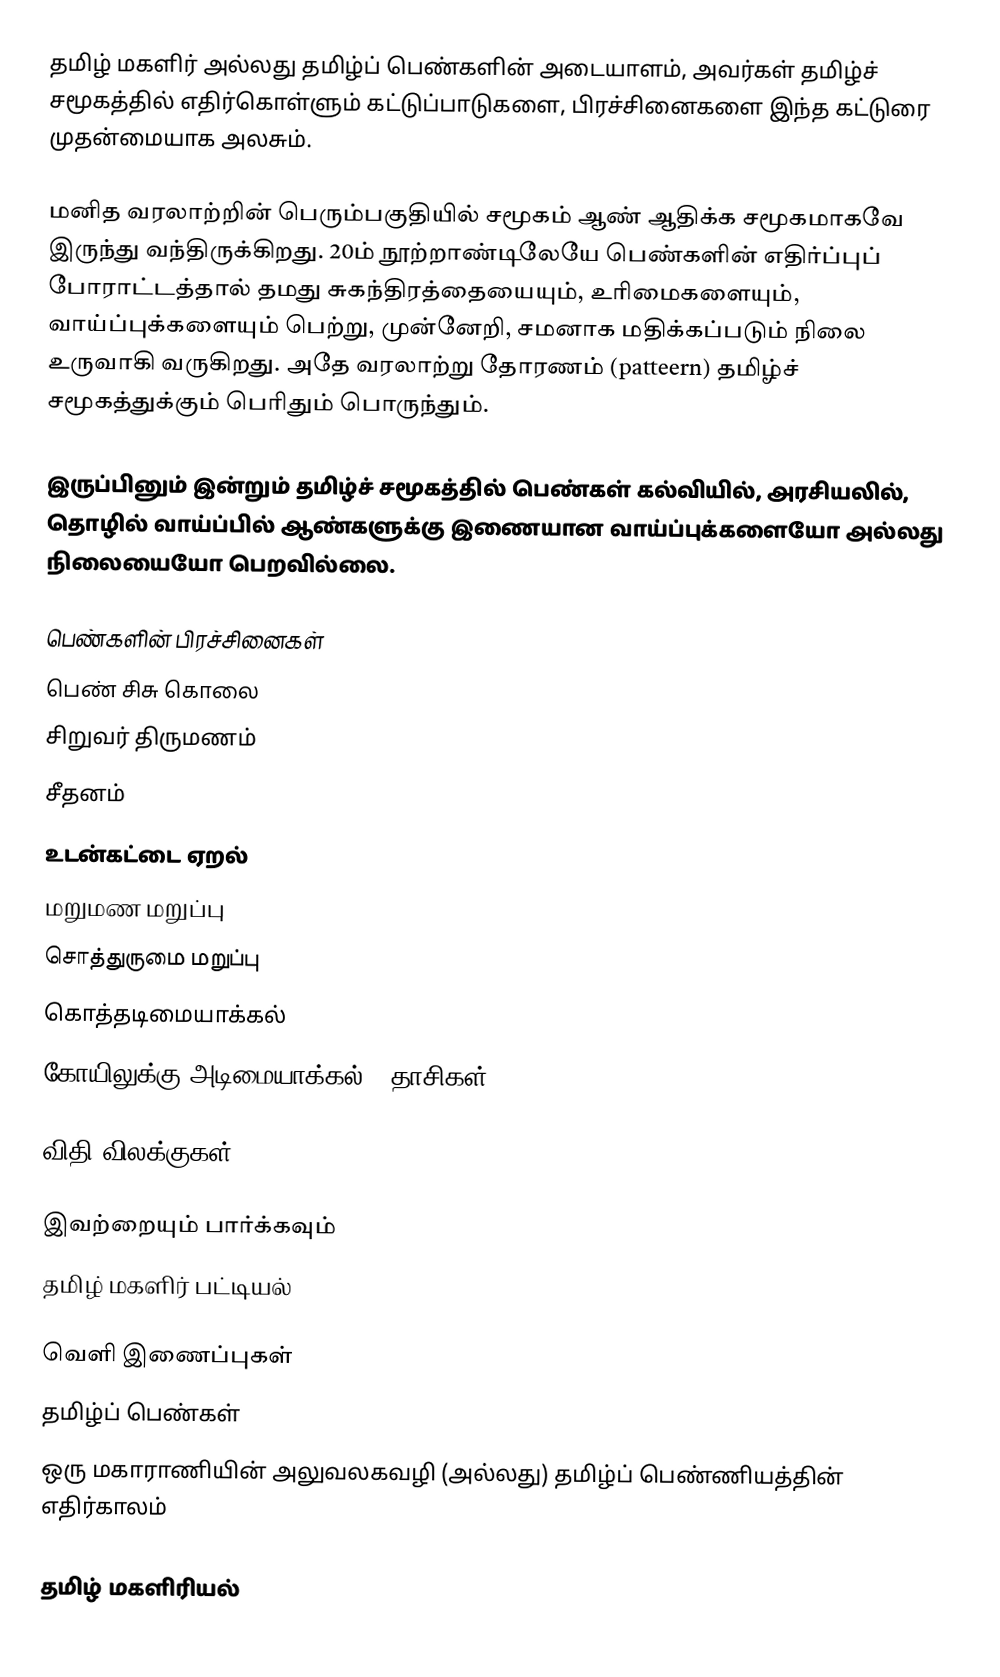
தமிழ் மகளிர் அல்லது தமிழ்ப் பெண்களின் அடையாளம், அவர்கள் தமிழ்ச் சமூகத்தில் எதிர்கொள்ளும் கட்டுப்பாடுகளை, பிரச்சினைகளை இந்த கட்டுரை முதன்மையாக அலசும்.

மனித வரலாற்றின் பெரும்பகுதியில் சமூகம் ஆண் ஆதிக்க சமூகமாகவே இருந்து வந்திருக்கிறது. 20ம் நூற்றாண்டிலேயே பெண்களின் எதிர்ப்புப் போராட்டத்தால் தமது சுகந்திரத்தையையும், உரிமைகளையும், வாய்ப்புக்களையும் பெற்று, முன்னேறி, சமனாக மதிக்கப்படும் நிலை உருவாகி வருகிறது. அதே வரலாற்று தோரணம் (patteern) தமிழ்ச் சமூகத்துக்கும் பெரிதும் பொருந்தும்.

இருப்பினும் இன்றும் தமிழ்ச் சமூகத்தில் பெண்கள் கல்வியில், அரசியலில், தொழில் வாய்ப்பில் ஆண்களுக்கு இணையான வாய்ப்புக்களையோ அல்லது நிலையையோ பெறவில்லை.

பெண்களின் பிரச்சினைகள்
 பெண் சிசு கொலை
 சிறுவர் திருமணம்
 சீதனம்
 உடன்கட்டை ஏறல்
 மறுமண மறுப்பு
 சொத்துருமை மறுப்பு
 கொத்தடிமையாக்கல்
 கோயிலுக்கு அடிமையாக்கல், (தாசிகள்)

விதி விலக்குகள்

இவற்றையும் பார்க்கவும்
 தமிழ் மகளிர் பட்டியல்

வெளி இணைப்புகள்
 தமிழ்ப் பெண்கள்
 ஒரு மகாராணியின் அலுவலகவழி (அல்லது) தமிழ்ப் பெண்ணியத்தின் எதிர்காலம்

தமிழ் மகளிரியல்